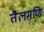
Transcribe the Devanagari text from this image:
तैलमणि